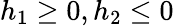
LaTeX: h_{1}\geq 0,h_{2}\leq 0